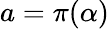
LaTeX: a=\pi(\alpha)